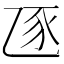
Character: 𧰦